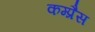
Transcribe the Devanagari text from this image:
कम्प्रैस